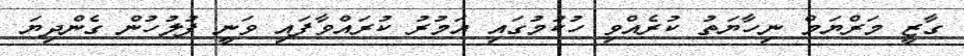
ގާޒީ މަރްޔަމް ނިހާޔަތު ކުރެއްވި ހުކުމުގައި އަމުރު ކުރައްވާފައި ވަނީ ފުލުހުން ގެންދިޔަ